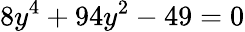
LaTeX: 8y^{4}+94y^{2}-49=0